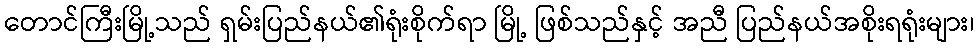
တောင်ကြီးမြို့သည် ရှမ်းပြည်နယ်၏ရုံးစိုက်ရာ မြို့ ဖြစ်သည်နှင့် အညီ ပြည်နယ်အစိုးရရုံးများ၊